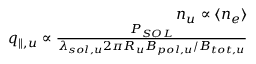
\begin{array} { r } { n _ { u } \propto \langle n _ { e } \rangle } \\ { q _ { \parallel , u } \propto \frac { P _ { S O L } } { \lambda _ { s o l , u } 2 \pi R _ { u } B _ { p o l , u } / B _ { t o t , u } } } \end{array}